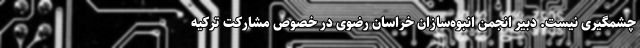
چشمگیری نیست. دبیر انجمن انبوه‌سازان خراسان رضوی در خصوص مشارکت ترکیه